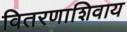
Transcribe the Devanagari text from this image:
वितरणाशिवाय